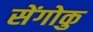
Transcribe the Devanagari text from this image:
सेंगोकु